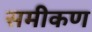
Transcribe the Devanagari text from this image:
समीकण